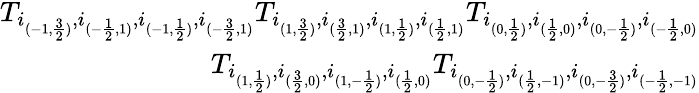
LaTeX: \begin{array}{r}{T_{i_{(-1,\frac{3}{2})},i_{(-\frac{1}{2},1)},i_{(-1,\frac{1}{2})},i_{(-\frac{3}{2},1)}}T_{i_{(1,\frac{3}{2})},i_{(\frac{3}{2},1)},i_{(1,\frac{1}{2})},i_{(\frac{1}{2},1)}}T_{i_{(0,\frac{1}{2})},i_{(\frac{1}{2},0)},i_{(0,-\frac{1}{2})},i_{(-\frac{1}{2},0)}}}\\ {T_{i_{(1,\frac{1}{2})},i_{(\frac{3}{2},0)},i_{(1,-\frac{1}{2})},i_{(\frac{1}{2},0)}}T_{i_{(0,-\frac{1}{2})},i_{(\frac{1}{2},-1)},i_{(0,-\frac{3}{2})},i_{(-\frac{1}{2},-1)}}}\end{array}